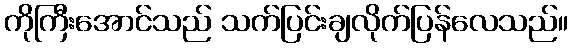
ကိုကြီးအောင်သည် သက်ပြင်းချလိုက်ပြန်လေသည်။